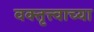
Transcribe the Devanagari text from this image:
वक्तृत्त्वाच्या